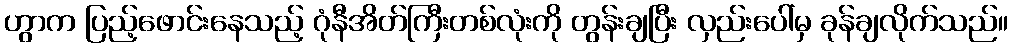
ဟွာက ပြည့်ဖောင်းနေသည့် ဂုံနီအိတ်ကြီးတစ်လုံးကို တွန်းချပြီး လှည်းပေါ်မှ ခုန်ချလိုက်သည်။